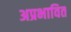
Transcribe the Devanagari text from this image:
अप्रभावित